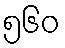
၅၆၀